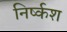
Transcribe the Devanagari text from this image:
निर्ष्कश